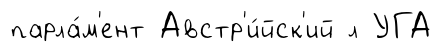
парла́м'ент Австр'и́йск'ий л УГА